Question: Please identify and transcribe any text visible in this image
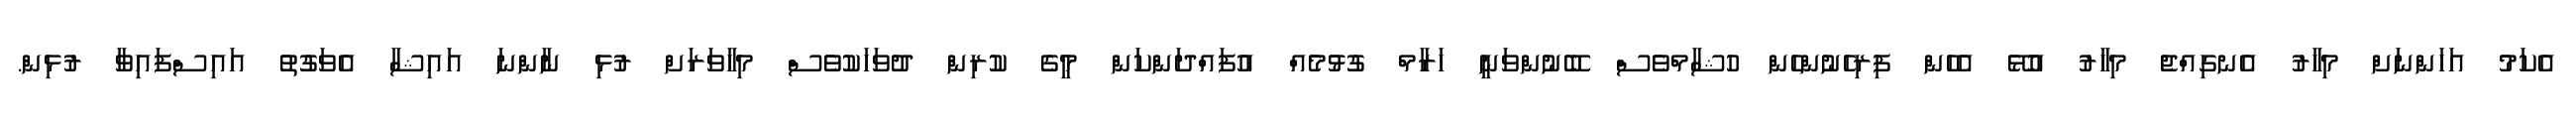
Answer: އެކަމު އަހަންނަށް މިހާރު އެނގިއްޖެ މިހާރު އުޅޭ އެހެން ފިރިހެނުންހެން ހުޝާމްވެސް ބޭނުންވަނީ ހަރާމް ގުޅުމެއް އުފައްދަންކަން މީގެ ކުރިން ދުވަހަކުވެސް މިހާވަރަށް ރުޅި ނާންނަ އައިޝާ އެވަގުތު އައިސްފައިވާ ރުޅިން.